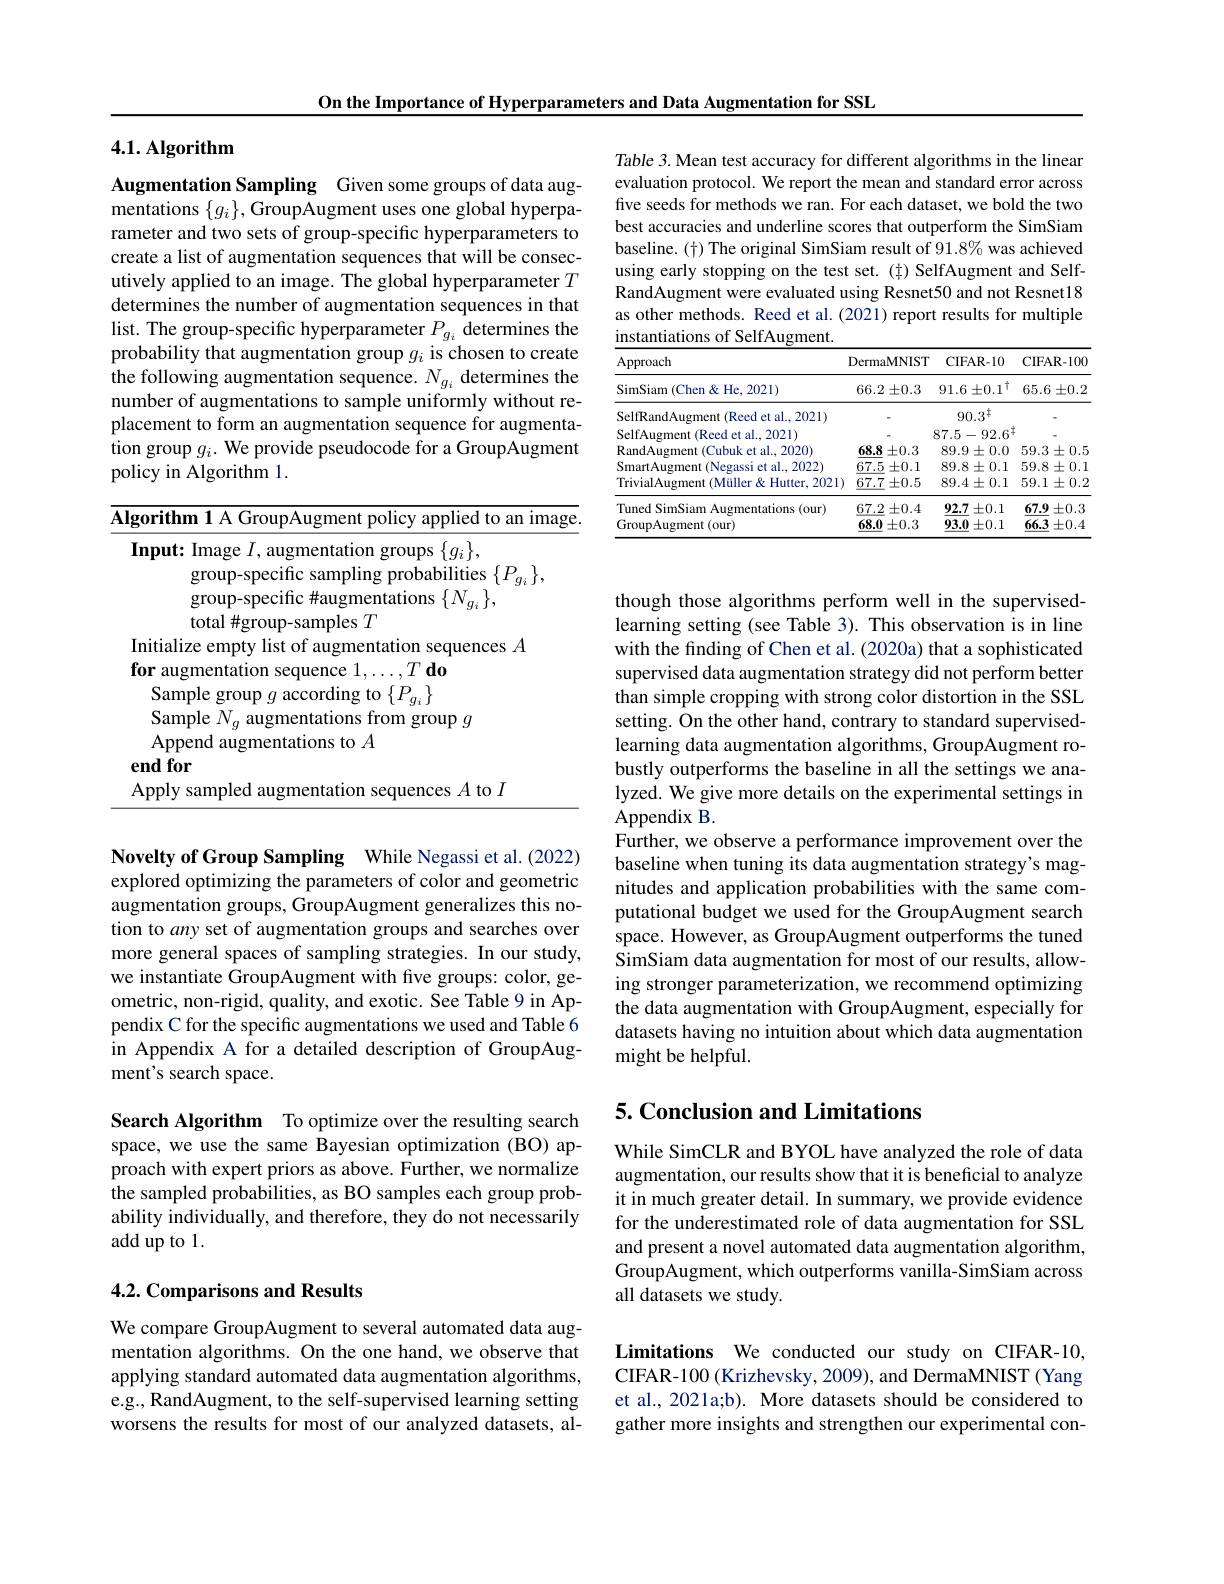
On the Importance of Hyperparameters and Data Augmentation for SSL

4.1.Algorithm

Augmentation Sampling Given some groups of data aug- $\bar{\text{mentations }\{g_{i}\},\text{GroupAugment uses one global hyperpa-}}$ rameter and two sets of group-specific hyperparameters to create a list of augmentation sequences that will be consecutively applied to an image. The global hyperparameter $T$ determines the number of augmentation sequences in that list. The group-specific hyperparameter $P_{g_i}$ determines the probability that augmentation group $g_i$ is chosen to create the following augmentation sequence. $N_{g_i}$ determines the number of augmentations to sample uniformly without replacement to form an augmentation sequence for augmentation group $g_i.$ We provide pseudocode for a GroupAugment policy in Algorithm 1.

<table>
	<tbody>
		<tr>
			<td>$\overline{\mathbf{I}};$</td>
			<td>rithm 1 A GroupAugment policy applied to an imag</td>
		</tr>
		<tr>
			<td> </td>
			<td>Mid tgroup-sampres. itialize emptv list of augmentation sequences $A$</td>
		</tr>
		<tr>
			<td> </td>
			<td>$P$ 1</td>
		</tr>
		<tr>
			<td> </td>
			<td> </td>
		</tr>
		<tr>
			<td> </td>
			<td>Append augmentations to $A$ idfor</td>
		</tr>
		<tr>
			<td> </td>
			<td>pply sampled augmentation sequences $A$ to $I$</td>
		</tr>
	</tbody>
</table>

Novelty of Group Sampling While Negassi et al. (2022) explored optimizing the parameters of color and geometric augmentation groups, GroupAugment generalizes this notion to any set of augmentation groups and searches over more general spaces of sampling strategies. In our study, we instantiate GroupAugment with fve groups: color, geometric, non-rigid, quality, and exotic. See Table 9 in Appendix C for the specific augmentations we used and Table 6 in Appendix A for a detailed description of GroupAugment's search space.

Search Algorithm To optimize over the resulting search space, we use the same Bayesian optimization (BO) approach with expert priors as above. Further, we normalize $\hat{\text{the sampled probabilities, as BO samples each group prob-}}$ ability individually, and therefore, they do not necessarily add up to 1.

## 4.2. Comparisons and Results

We compare GroupAugment to several automated data augmentation algorithms. On the one hand, we observe that applying standard automated data augmentation algorithms, e.g., RandAugment, to the self-supervised learning setting worsens the results for most of our analyzed datasets, al-

Table 3. Mean test accuracy for different algorithms in the linear evaluation protocol. We report the mean and standard error across five seeds for methods we ran. For each dataset, we bold the two best accuracies and underline scores that outperform the SimSiam baseline. (t) The original SimSiam result of 91.8% was achieved using early stopping on the test set. ( f) SelfAugment and SelfRandAugment were evaluated using Resnet50 and not Resnet18 as other methods. Reed et al. (2021) report results for multiple instantiations of SelfAugment

<table>
	<tbody>
		<tr>
			<th>Approach</th>
			<th>DermaMNIST</th>
			<th>${\mathrm{CIFAR-10}}$</th>
			<th>CIFAR- 100</th>
		</tr>
		<tr>
			<td>SimSiam (Chen & He, 2021)</td>
			<td>$66.2\pm0.3$</td>
			<td>$91.6\pm0.1^{\top}$</td>
			<td>$65.6\pm0.2$</td>
		</tr>
		<tr>
			<td>SelfRandAugment (Reed c et al..2021)</td>
			<td> </td>
			<td>$90.3^{\mathsf{T}}$</td>
			<td> </td>
		</tr>
		<tr>
			<td>SelfAugment (Reed et al., 2021)</td>
			<td> </td>
			<td>$87.5-92.6^{\ddagger}$</td>
			<td> </td>
		</tr>
		<tr>
			<td>RandAugment (Cubuk et al..2020)</td>
			<td>$68.8\pm0.3$</td>
			<td>$89.9\pm0.0$</td>
			<td>$59.3\pm0.5$</td>
		</tr>
		<tr>
			<td>SmartAugment (Negassi et al..2022)</td>
			<td>67.5 $\pm0.1$</td>
			<td>$89.8\pm0.1$</td>
			<td>$59.8\pm0.1$</td>
		</tr>
		<tr>
			<td>TrivialAugment (Müller & Hutter, 2021)</td>
			<td>67.7 ${\boldsymbol{Z}\pm0.5}$</td>
			<td>$89.4\pm0.1$</td>
			<td>$59.1\pm0.2$</td>
		</tr>
		<tr>
			<td>Tuned SimSiam Augmentations (our) GroupAugment(our)</td>
			<td>$67.2\pm0.4$ $\underline{68.0}\pm0.3$</td>
			<td>92.7 $\pm0.1$ 93.0 $\pm0.1$</td>
			<td>$67.9\pm0.3$ $\underline{66.3}\pm0.4$</td>
		</tr>
		<tr>
			<td>Tuned SimSiam Anm entations (our)</td>
			<td>$67.2\pm0.4$</td>
			<td>$92.7\pm0.1$</td>
			<td>$67.9\pm0.3$</td>
		</tr>
		<tr>
			<td>GroupAugment(our)</td>
			<td>$68.0\pm0.3$</td>
			<td>93.0 $0\pm0.1$</td>
			<td>66.3 $\pm0.4$ 1</td>
		</tr>
	</tbody>
</table>

though those algorithms perform well in the supervisedlearning setting (see Table 3). This observation is in line with the finding of Chen et al. (2020a) that a sophisticated supervised data augmentation strategy did not perform better than simple cropping with strong color distortion in the SSL setting. On the other hand, contrary to standard supervisedlearning data augmentation algorithms, GroupAugment robustly outperforms the baseline in all the settings we analyzed. We give more details on the experimental settings in Appendix B.
Further, we observe a performance improvement over the baseline when tuning its data augmentation strategy's magnitudes and application probabilities with the same computational budget we used for the GroupAugment search space. However, as GroupAugment outperforms the tuned SimSiam data augmentation for most of our results, allowing stronger parameterization, we recommend optimizing the data augmentation with GroupAugment, especially for datasets having no intuition about which data augmentation might be helpful.

## 5. Conclusion and Limitations

While SimCLR and BYOL have analyzed the role of data augmentation, our results show that it is beneficial to analyze it in much greater detail. In summary, we provide evidence for the underestimated role of data augmentation for SSL and present a novel automated data augmentation algorithm, GroupAugment, which outperforms vanilla-SimSiam across all datasets we study.

Limitations We conducted our study on CIFAR-10, CIFAR-100 (Krizhevsky, 2009), and DermaMNIST (Yang et al., 2021a;b). More datasets should be considered to gather more insights and strengthen our experimental con-